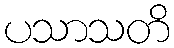
ပသာသတိ